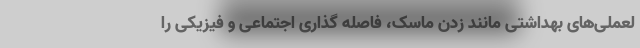
لعملی‌های بهداشتی مانند زدن ماسک، فاصله گذاری اجتماعی و فیزیکی را